NAE_ERA_R-1665_Eesti_Kunstnike_Liit, lk 19
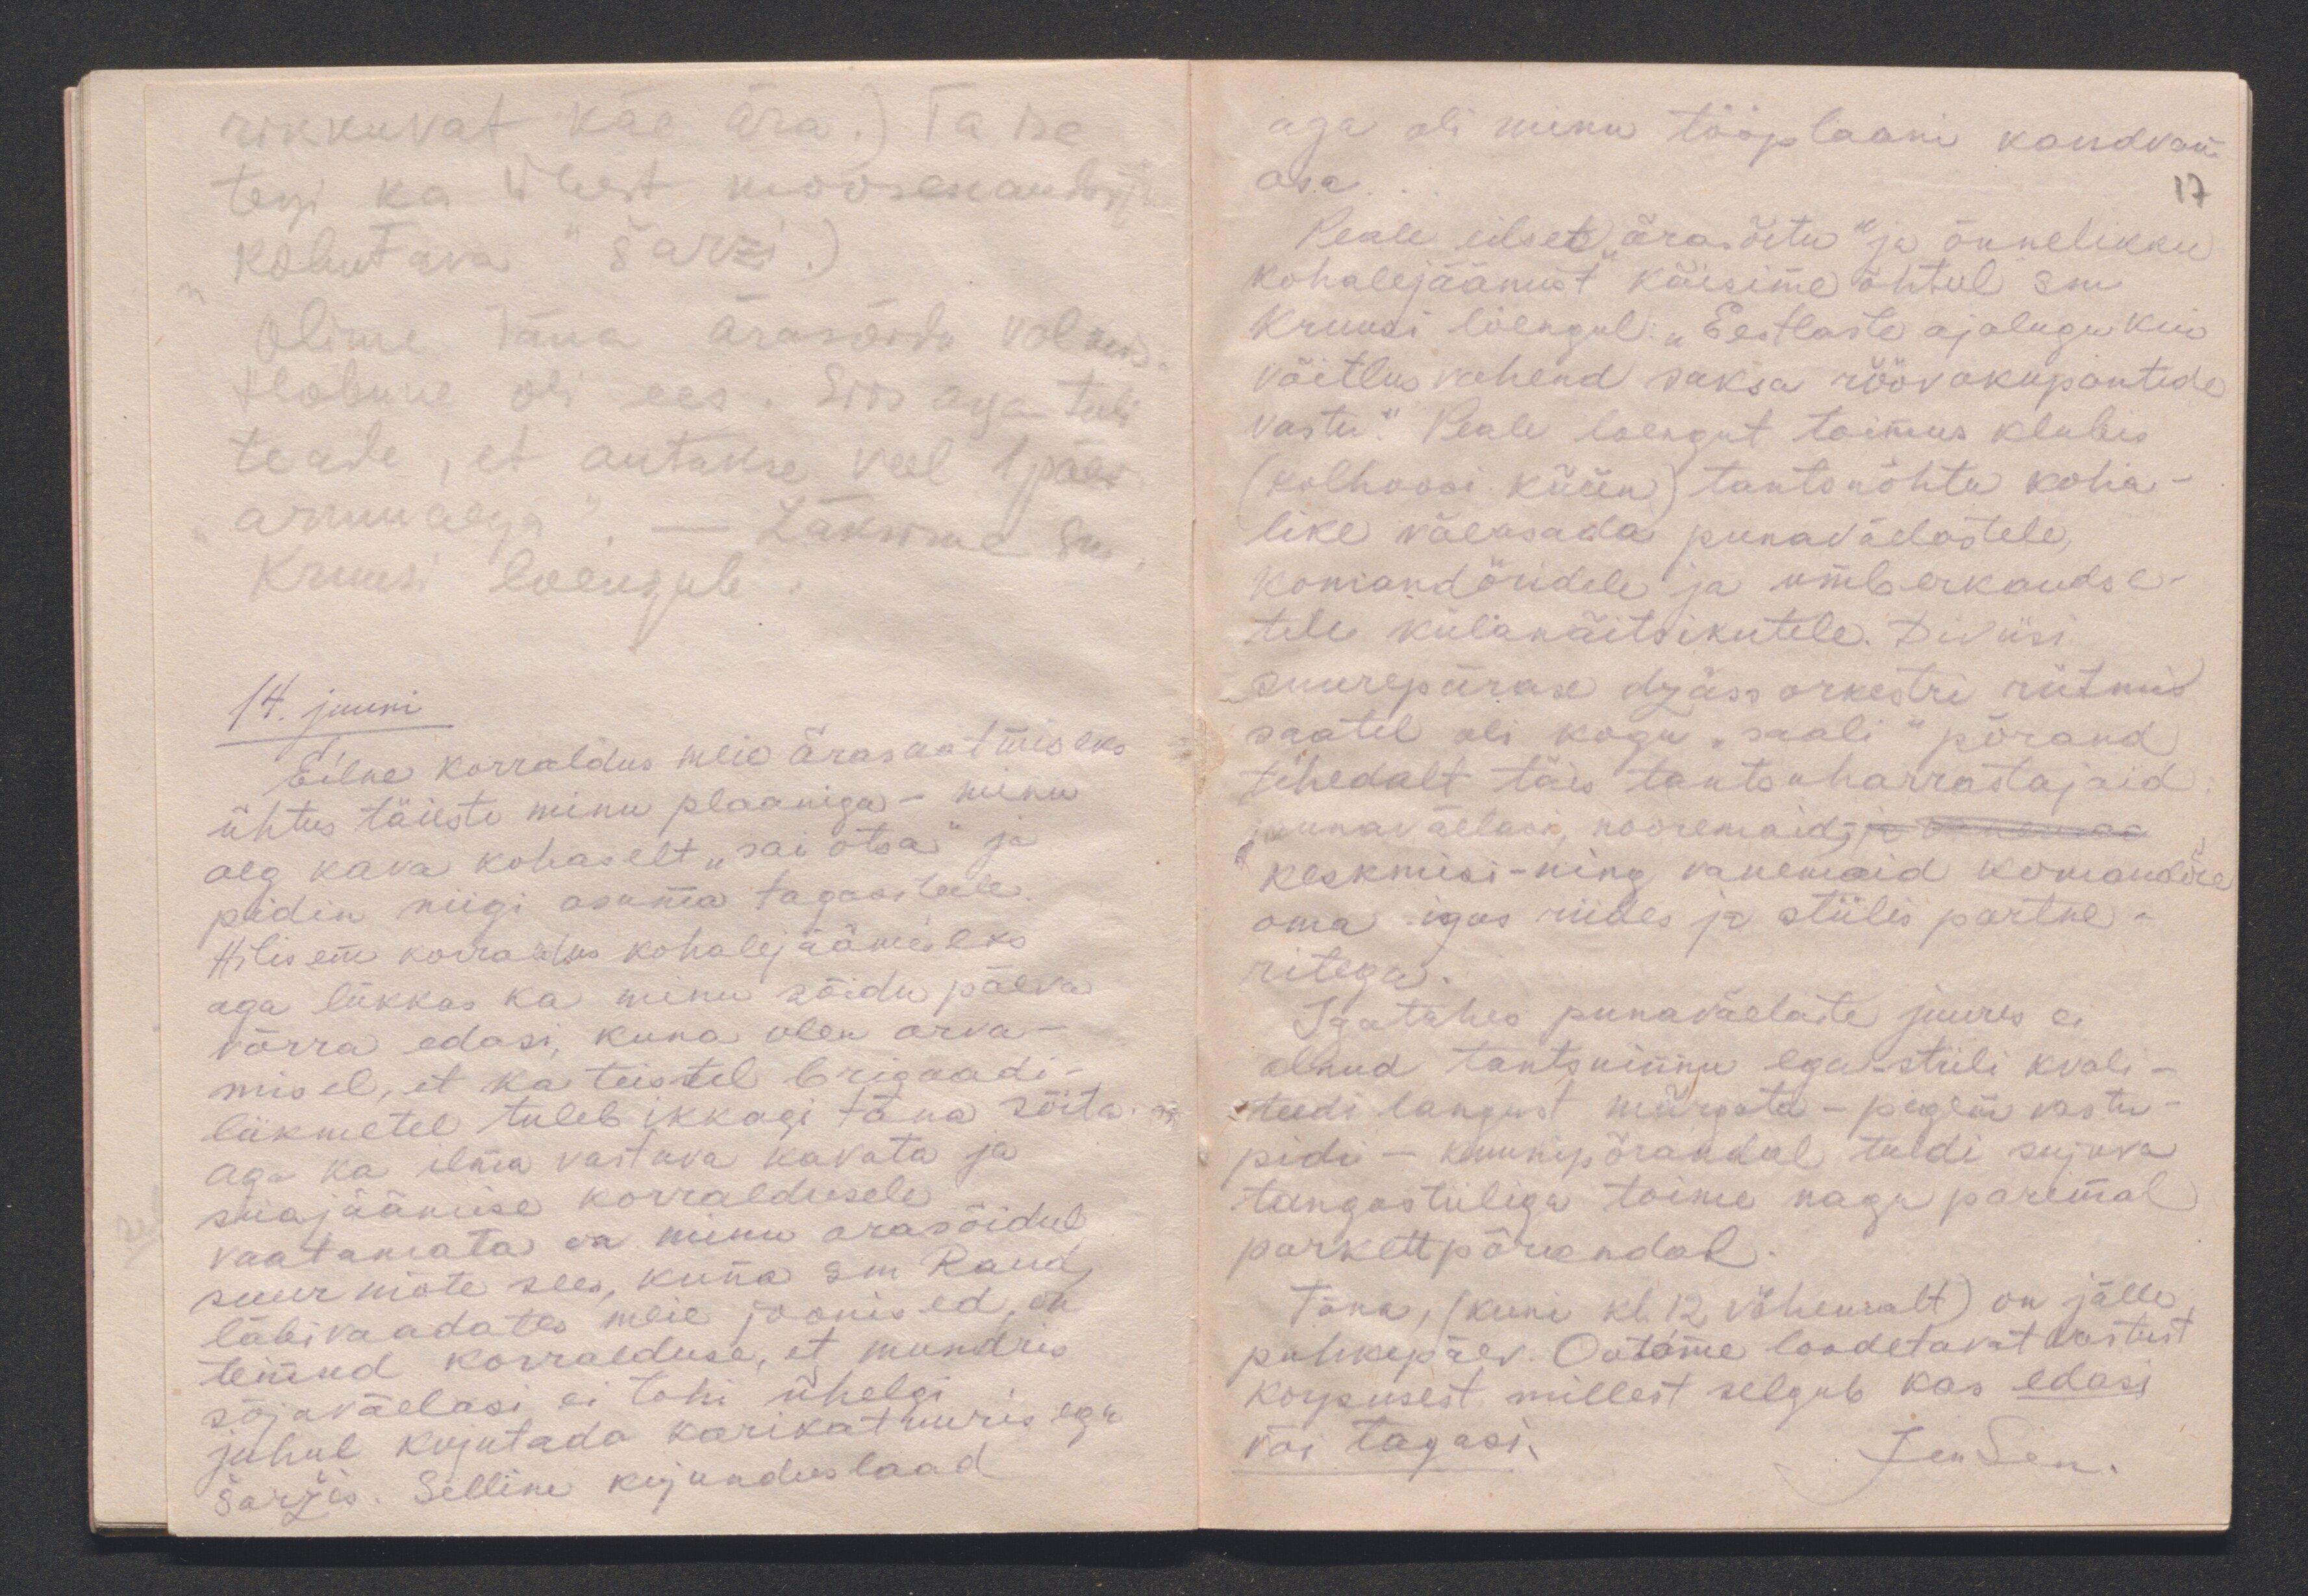
rikkuvat käe ära.) Ta ise
tegi ka ühest moosekandist
"kohutava" šarzi.)
Olime täna ärasõidu valmis.
Hobune oli ees. Siis aga tuli
teade, et antakse veel 1 päev
"armuaega". - Läksime sm.
Kruusi loengule.
14. juuni
Eilne korraldus meie ärasaatmiseks
ühtus täiesti minu plaaniga - minu
alg kava kohaselt "sai otsa" ja
pidin niigi asuma tagasiteele.
Hilisem korraldus kohalejäämiseks
aga lükkas ka minu sõidu päeva
võrra edasi, kuna olen arva-
misel, et ka teistel brigaadi-
liikmetel tuleb ikkagi täna sõita.
Aga ka ilma vastava kavata ja
siiajäämise korraldusele
vaatamata on minu arasõidul
suur mõte sees, kuna sm Raud,
läbivaadates meie joonised, on
teinud korralduse, et mundris
sõjaväelasi ei tohi ühelgi
juhul kujutada karikatuuris ega
šaržis. Selline kujunduslaad

aga oli minu tööplaani kandvam
osa.
17
Peale eilset "ärasõitu" ja õnnelikku
kohalejäämist käisime õhtul sm
Kruusi loengul: "Eestlaste ajalugu kui
võitlusvahend saksa röövokupantide
vastu." Peale loengut toimus klubis
(kolhoosi küün) tantsuõhtu koha-
like väeosada punaväelastele,
komandöridele ja ümberkaudse-
tele külanäitsikutele. Diviisi
suurepärase dzässorkestri rütmis
saatel oli kogu "saali" põrand
tihedalt täis tantsuharrastajaid,
punaväelasi, nooremaid,- ja vanemaid
keskmisi - ning vanemaid komandöre
oma igas riides ja stiilis partne-
ritega.
Igatahes punaväelaste juures ei
olnud tantsuinnu ega -stiili kvali-
teedi langust märgata - pigem vastu-
pidi - kuunipõrandal tuldi sujuva
tangostiiliga toime nagu parimal
parkettpõrandal.
Täna, (kuni kl 12 vähemalt) on jälle
puhkepäev. Ootame loodetavat vastust
korpusest millest selgub kas edasi
või tagasi.
Jensen.